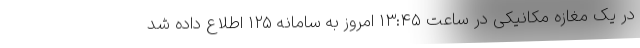
در یک مغازه مکانیکی در ساعت ۱۳:۴۵ امروز به سامانه ۱۲۵ اطلاع داده شد